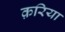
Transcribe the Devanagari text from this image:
क़रिया